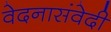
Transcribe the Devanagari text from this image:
वेदनासंवेदी